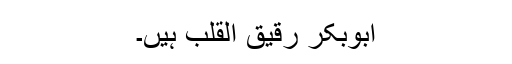
ابوبکر رقیق القلب ہیں۔